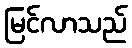
မြင်လာသည်